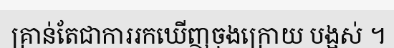
គ្រាន់តែជាការរកឃើញចុងក្រោយ បង្អស់ ។